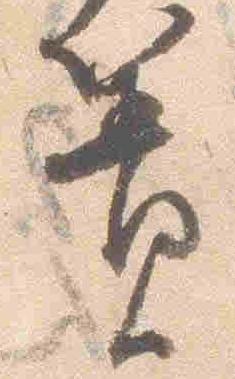
簀